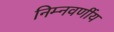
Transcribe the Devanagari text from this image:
निम्नवर्णीय